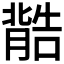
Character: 𮌽